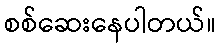
စစ်ဆေးနေပါတယ်။